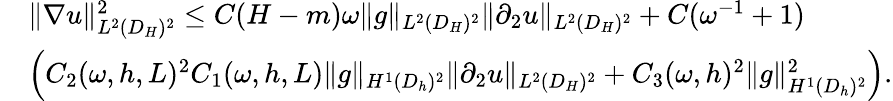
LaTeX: \begin{array}{rl}&{\| \nabla u\| _{L^{2}(D_{H})^{2}}^{2}\le C(H-m)\omega\| g\| _{L^{2}(D_{H})^{2}}\| \partial_{2}u\| _{L^{2}(D_{H})^{2}}+C(\omega^{-1}+1)}\\ &{\left(C_{2}(\omega,h,L)^{2}C_{1}(\omega,h,L)\| g\| _{H^{1}(D_{h})^{2}}\| \partial_{2}u\| _{L^{2}(D_{H})^{2}}+C_{3}(\omega,h)^{2}\| g\| _{H^{1}(D_{h})^{2}}^{2}\right).}\end{array}